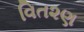
વિત૨ણ